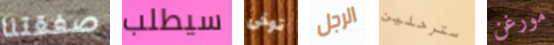
صفقتنا سيطلب توخى الرجل سترحلين مورغن